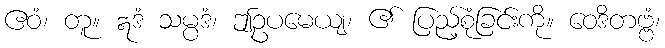
ဧဝံ၊ တူ။ ဣဒံ သမ္ပဒံ၊ ဤဥပမေယျ၊ ၏ ပြည့်စုံခြင်းကို။ ဝေဒိတဗ္ဗံ၊